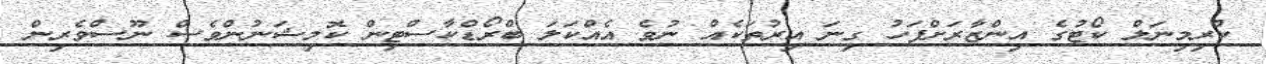
ކްރިމިނަލް ކޯޓުގެ އިންޒާރަށްފަހު ގިނަ އިރުތަކެއް ނުވެ އެއްކަލަ ބްރޯޑްކާސްޓިން ކޮމިޝަނުންވެސް ނޫސްވެރިން